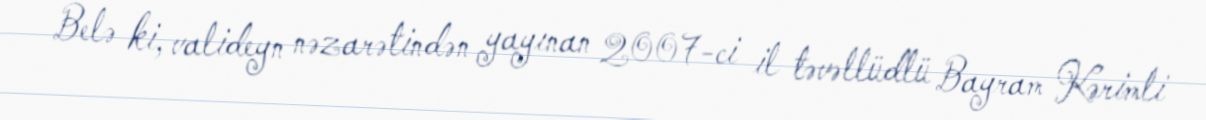
Belə ki, valideyn nəzarətindən yayınan 2007-ci il təvəllüdlü Bayram Kərimli